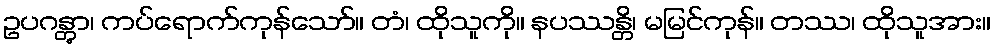
ဥပဂန္တွာ၊ ကပ်ရောက်ကုန်သော်။ တံ၊ ထိုသူကို။ နပဿန္တိ၊ မမြင်ကုန်။ တဿ၊ ထိုသူအား။